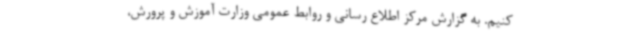
کنیم. به گزارش مرکز اطلاع رسانی و روابط عمومی وزارت آموزش و پرورش،